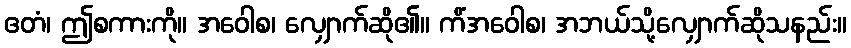
ဧတံ၊ ဤစကားကို။ အဝေါစ၊ လျှောက်ဆို၏။ ကိံအဝေါစ၊ အဘယ်သို့လျှောက်ဆိုသနည်း။